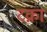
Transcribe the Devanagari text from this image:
टक्ना